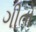
ગીતો